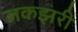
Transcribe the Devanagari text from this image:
लकझरी